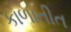
કાળાતીત